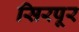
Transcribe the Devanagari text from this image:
सिरपूर